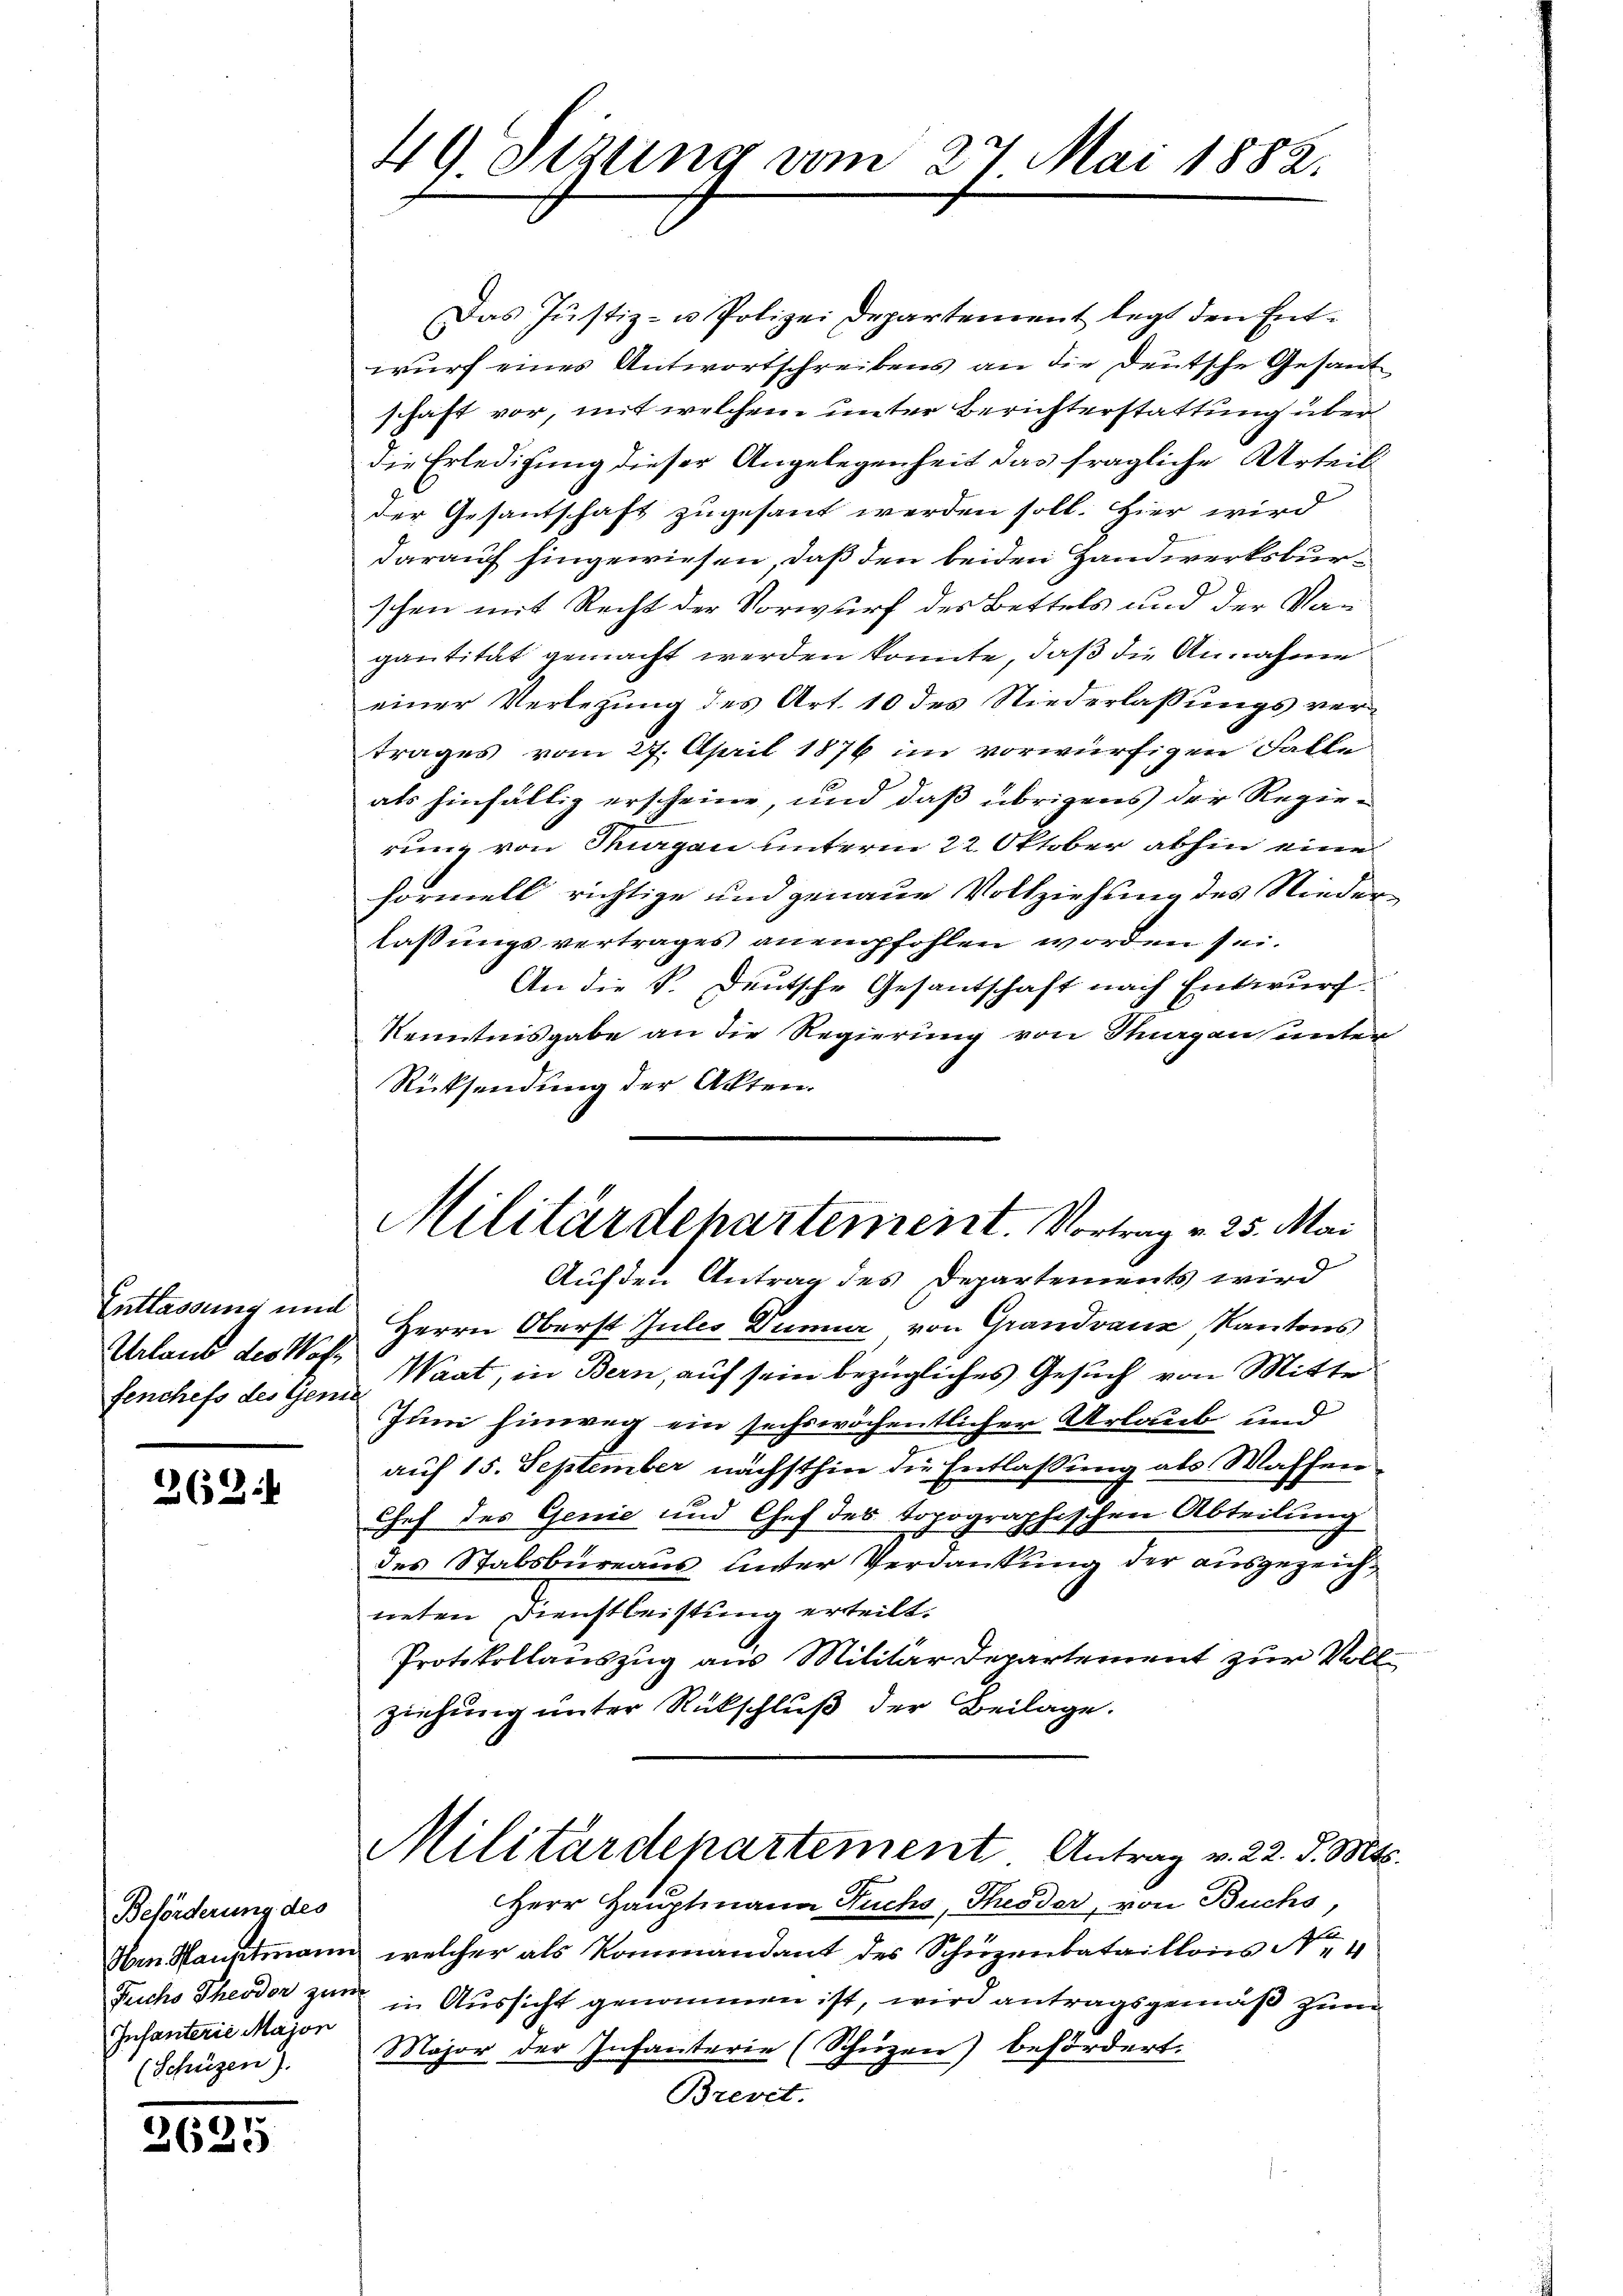
Entlassung und
Urlaub des Woh¬

263

Beförderung des
Infanterie Majon
(Schüzen).

3625

49. Sezung vom 27. Mai 1882.

Militärdepartement. Vortrag v. 25. Mai

Das Justiz- u Polizei Departement legt den Entwurf eines Antwortschreibens an die Deutsche Gesandschaft vor, mit welchem unter Berichterstattung überdie Erledigung dieser Angelegenheit das fragliche Urteil
der Gesantschaft zugesant werden soll. Hier wird
darauf hingewiesen, daß den beiden Handwerksburschen mit Recht der Vorwurf des Bettels und der Vagantität gemacht werden könnte, daß die Annahme
einer Verlegung des Art. 10 des Niederlassungs vertrages vom 27. April 1876 im vorwürfigen Falle
als hinfällig erscheine, und daß übrigens der Regierung von Margau unterm 22. Oktober abhin eine
formell richtige und genaue Vollziehung des Niederlassungsvertrages anempfohlen worden sei.
An die P. Deutsche Gesantschaft nach Entwurf.
Kenntnisgabe an die Regierung von Stuargau unter
Rücksendung der Akten.
Auf den Antrag des Departements wird
Herrn Oberst Jules Dunner von Grandvanz Kantons
fenchefs des Gem. Waat, in Bern, auf sein bezügliches Gesuch von Mitte
Juni hinweg ein sechswöchentlicher Urlaub und
auf 15. September nächsthin die Entlaßung als Waffen
Chef des Genie und Chef des topographischen Abteilung
des Stabsbureaus unter Verdankung der ausgezeichneten Dienstleistung erteilt.
Protokollauszug aus Militär Departement zur Vollziehung unter Rückschluß der Beilage.
Militärdepartement. Antrag v. 22. d. Mts.
Herr Hauptmann Fuchs, Theodor, von Buchs,
d
Am Hauptmann, welcher als Kommandant des Schüzenbataillons Nr 4
Fuchs Theodor zum in Aussicht genommen ist, wird antragsgemäß zum
Major der Infanterie (Schüzen) befördert.
Brevet.